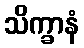
သိက္ခာနံ